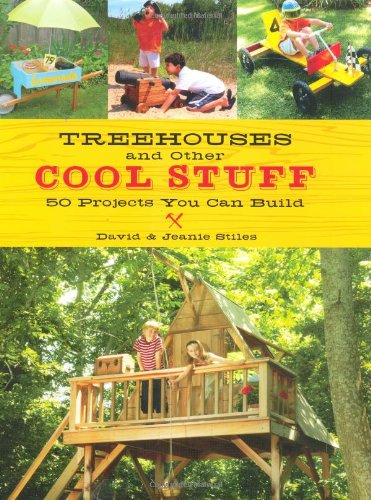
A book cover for Treehouses and other Cool Stuff: 50 Projects You Can Build; Jeanie Stiles; Crafts, Hobbies & Home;